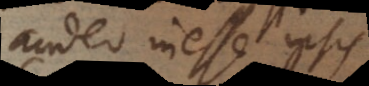
audeo inesse ipsis